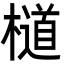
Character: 檤